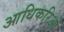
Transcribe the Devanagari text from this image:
आधिकरिओं